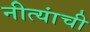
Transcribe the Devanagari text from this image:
नीत्यांची